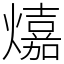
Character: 𤐵